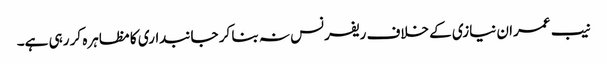
نیب عمران نیازی کے خلاف ریفرنس نہ بنا کر جانبداری کا مظاہرہ کر رہی ہے۔